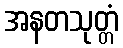
အနတသုတ္တံ